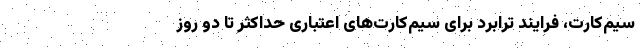
سیم‌کارت، فرایند ترابرد برای سیم‌کارت‌های اعتباری حداکثر تا دو روز